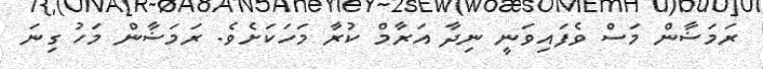
ރަމަޟާން މަސް ވެފައިވަނީ ނިދާ އަރާމް ކުރާ މަހަކަށެވެ. ރަމަޟާން މަހު ގިނަ